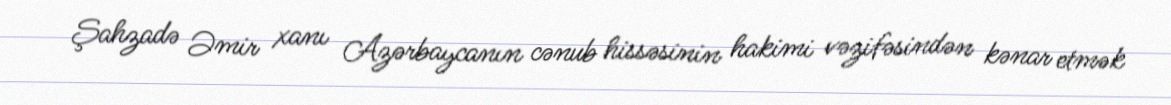
Şahzadə Əmir xanı Azərbaycanın cənub hissəsinin hakimi vəzifəsindən kənar etmək